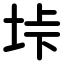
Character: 垰